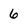
Character: 6